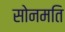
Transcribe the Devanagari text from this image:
सोनमति